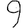
Digit: 9